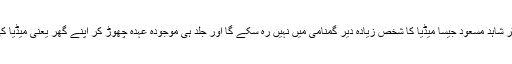
ہمیں امید ہے کہ ڈاکٹر شاہد مسعود جیسا میڈیا کا شخص زیادہ دیر گمنامی میں نہیں رہ سکے گا اور جلد ہی موجودہ عہدہ چھوڑ کر اپنے گھر یعنی میڈیا کی طرف لوٹ آئے گا۔